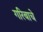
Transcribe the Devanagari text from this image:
गरिबाचे